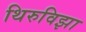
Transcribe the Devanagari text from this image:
थिरुविझा